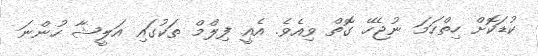
ކުޑަކޮށް ހިތްހަމަ ނުޖެހޭ ގޮތް ވިއެވެ. އެއީ ފިލްމް ތަކުގައި އަލީޝާ ހުންނަ